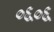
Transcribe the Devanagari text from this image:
०६०६